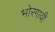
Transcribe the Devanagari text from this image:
भोरगावी